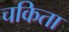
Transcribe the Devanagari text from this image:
चकिता